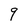
Character: 9